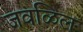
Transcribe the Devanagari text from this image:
जवळिल